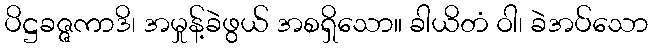
ပိဋ္ဌခဇ္ဇကာဒိ၊ အမှုန့်ခဲဖွယ် အစရှိသော။ ခါယိတံ ဝါ၊ ခဲအပ်သော